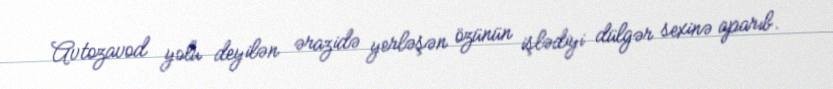
Avtozavod yolu deyilən ərazidə yerləşən özünün işlədiyi dülgər sexinə aparıb.